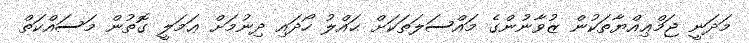
މަދަނީ ޖަމްޢިއްޔާތަކުން ޒުވާނުންގެ މައްސަލަތަކަށް ޙައްލު ހޯދައި ދިނުމަށް ޢަމަލީ ގޮތުން މަސައްކަތް